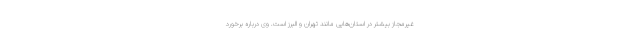
غیرمجاز بیشتر در استان‌هایی مانند تهران و البرز است. وی درباره برخورد